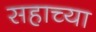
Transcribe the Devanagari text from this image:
सहाच्या